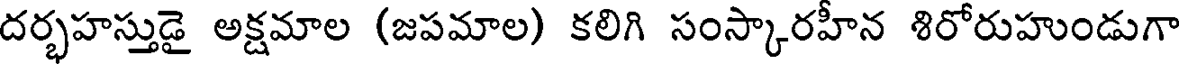
దర్భహస్తుడై అక్షమాల (జపమాల) కలిగి సంస్కారహీన శిరోరుహుండుగా